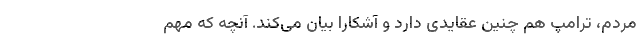
مردم، ترامپ هم چنین عقایدی دارد و آشکارا بیان می‌کند. آنچه كه مهم